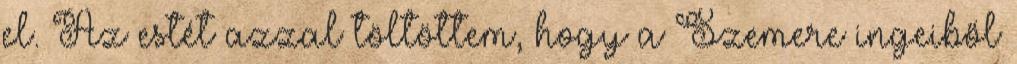
el. Az estét azzal töltöttem, hogy a Szemere ingeiből